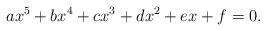
LaTeX: \begin{align*}ax^5+bx^4+cx^3+dx^2+ex+f=0. \end{align*}